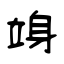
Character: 竧